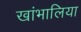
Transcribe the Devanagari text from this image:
खांभालिया